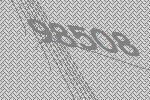
98508